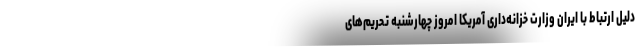
دلیل ارتباط با ایران وزارت خزانه‌داری آمریکا امروز چهارشنبه تحریم‌های